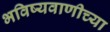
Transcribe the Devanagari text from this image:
भविष्यवाणीच्या